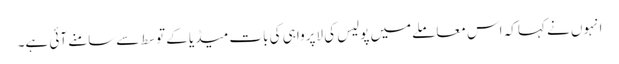
انہوں نے کہا کہ اس معاملےمیں پولیس کی لاپرواہی کی بات میڈیا کے توسط سےسامنے آئی ہے۔